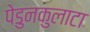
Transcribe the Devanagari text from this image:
पेडुनकुलाटा